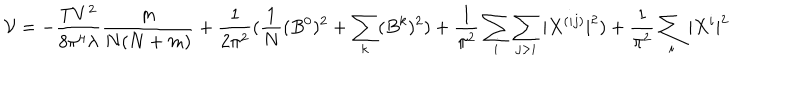
LaTeX: { \cal { V } } = - \frac { T V ^ { 2 } } { 8 \pi ^ { 4 } \lambda } \frac { m } { N ( N + m ) } + \frac { 1 } { 2 \pi ^ { 2 } } ( \frac { 1 } { N } ( B ^ { 0 } ) ^ { 2 } + \sum _ { k } ( B ^ { k } ) ^ { 2 } ) + \frac { 1 } { \pi ^ { 2 } } \sum _ { i } \sum _ { j > i } | X ^ { ( i j ) } | ^ { 2 } ) + \frac { 1 } { \pi ^ { 2 } } \sum _ { i } | X ^ { i } | ^ { 2 }